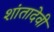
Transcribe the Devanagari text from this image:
शांतादेवी